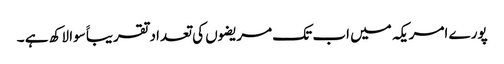
پورے امریکہ میں اب تک مریضوں کی تعداد تقریباََ سوا لاکھ ہے ۔